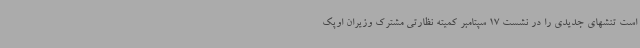
است تنشهای جدیدی را در نشست 17 سپتامبر کمیته نظارتی مشترک وزیران اوپک